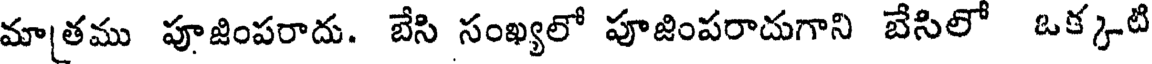
మా[తము పూజింపరాదు. బేసి సంఖ్యలో పూజింపరాదుగాని బేసిలో ఒక్కటి